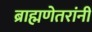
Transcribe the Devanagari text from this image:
ब्राह्मणेतरांनी